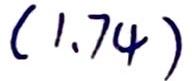
$(1.74)$